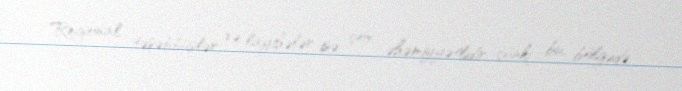
Regional təşəbbüslər və layihələr isə çox əhəmiyyətlidir, çünki bu, bölgədə